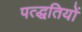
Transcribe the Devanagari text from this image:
पत्द्धतियों